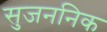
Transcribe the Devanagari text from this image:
सुजननिक